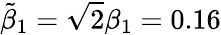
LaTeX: \tilde{\beta}_{1}=\sqrt{2}\beta_{1}=0.16